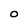
Character: O